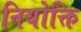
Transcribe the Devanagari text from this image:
नियोक्ति